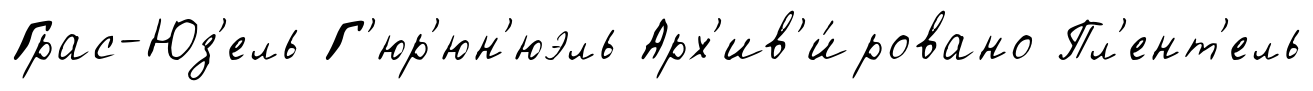
Грас-Юз'ель Г'юр'юн'юэль Арх'ив'и́ровано Пл'ент'ель